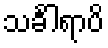
သင်္ခါရာပိ